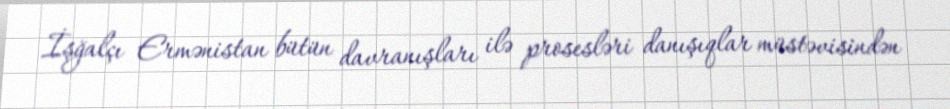
İşğalçı Ermənistan bütün davranışları ilə prosesləri danışıqlar müstəvisindən